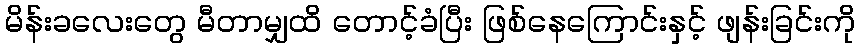
မိန်းခလေးတွေ မီတာမျှထိ တောင့်ခံပြီး ဖြစ်နေကြောင်းနှင့် ဖျန်းခြင်းကို